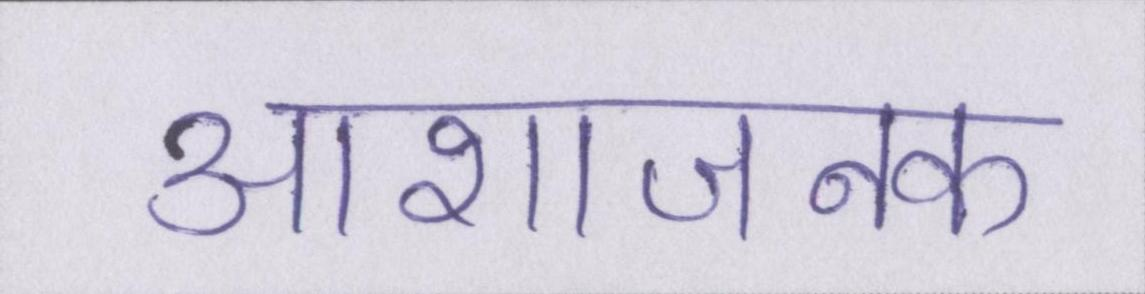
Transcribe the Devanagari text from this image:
आशाजनक